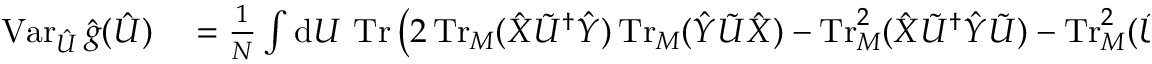
\begin{array} { r l } { \operatorname { V a r } _ { \hat { U } } \hat { g } ( \hat { U } ) } & { { } \textstyle \stackrel { } { = } \frac { 1 } { N } \int \mathrm { d } U \, \operatorname { T r } \left( 2 \operatorname { T r } _ { M } ( \hat { X } \tilde { U } ^ { \dag } \hat { Y } ) \operatorname { T r } _ { M } ( \hat { Y } \tilde { U } \hat { X } ) - \operatorname { T r } _ { M } ^ { 2 } ( \hat { X } \tilde { U } ^ { \dag } \hat { Y } \tilde { U } ) - \operatorname { T r } _ { M } ^ { 2 } ( \tilde { U } ^ { \dag } \hat { Y } \tilde { U } \hat { X } ) \right) } \end{array}